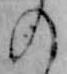
の